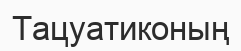
Тацуатиконың